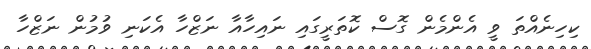
ކިހިނެއްތަ ވީ އެންމެން ގޮސް ކޮތަރީގައި ނައިހާއާ ނަޒްހާ އެކަނި ވުމުން ނަޒްހާ